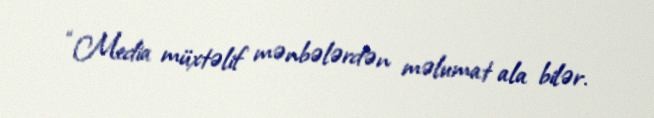
“Media müxtəlif mənbələrdən məlumat ala bilər.